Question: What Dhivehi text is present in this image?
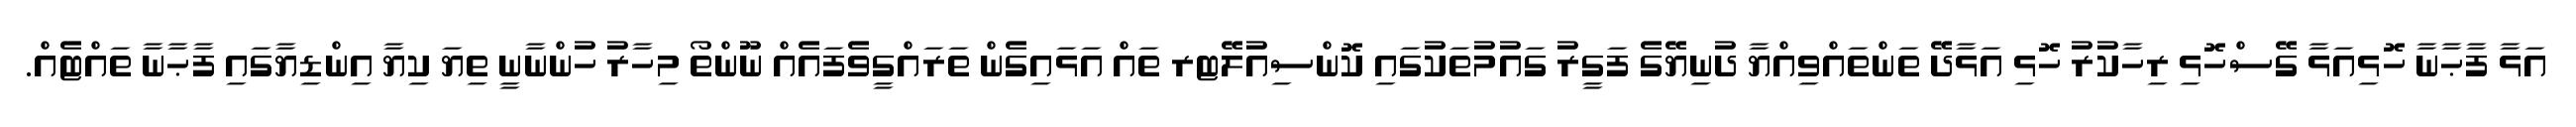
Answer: އަޅާ ފާޙާނާ ހޮޅިއަޅާ ގޭސްހޮޅި ރިހާކުރު ހޮޅި އަޅާދޭ ތަންތައްވިއްޔާ ދުނިޔޭގެ ފަގީރު ގައުމުތަކުގައި ކޮންސިއުލޭޓރ ތައް އަޅައިގެން ތަރައްގީވެފައެއް ނޫންތޯ މިހާރު ހުންނާނީ ތިޔަ ކިޔާ އިންޑިޔާގައި ފާޙާނާ ތައްޓެއް.